Scottish Leaving Certificate Examination, 1957
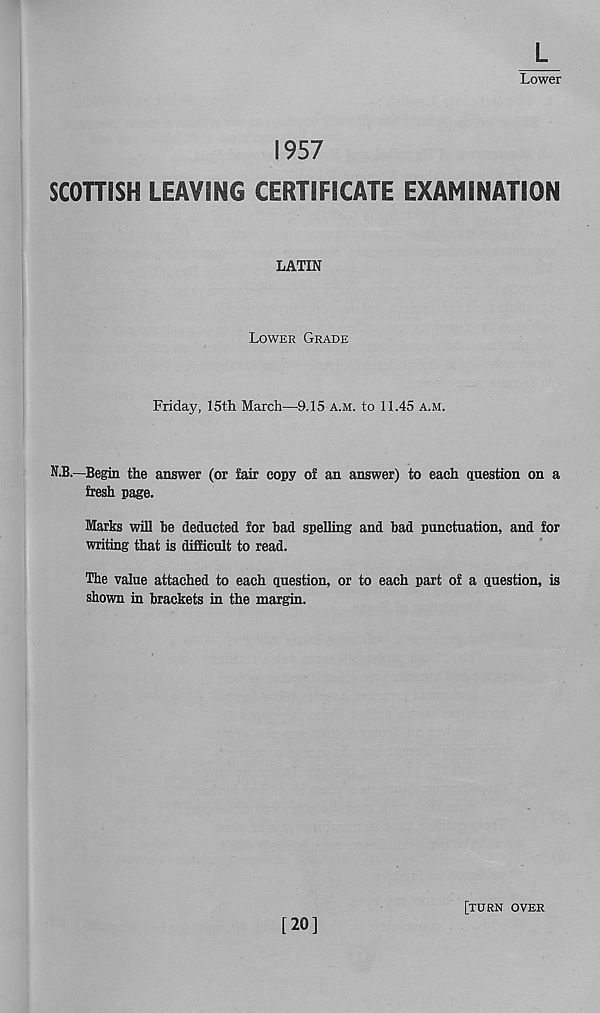
L
Lower
1957
SCOTTESH LEAVING CERTIFICATE EXAMINATION
LATIN
Lower Grade
Friday, 15th March—9.15 a.m. to 11.45 a.m.
N.B.—Begin the answer (or fair copy of an answer) to each question on a
fresh page.
Marks will he deducted for bad spelling and bad punctuation, and for
writing that is difficult to read.
The value attached to each question, or to each part of a question, is
shown in brackets in the margin.
[20]
[turn over